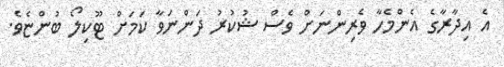
އެ އިދާރާގެ އެންމެހާ ވެރިންނަށް ވެސް ޝުކުރު ދަންނަވާ ކަމަށް ޓޫކިލޯ ބުންޏެވެ.